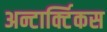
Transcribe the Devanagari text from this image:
अन्टार्क्टिकस